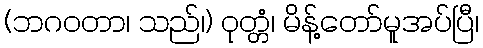
(ဘဂဝတာ၊ သည်၊) ဝုတ္တံ၊ မိန့်တော်မူအပ်ပြီ၊